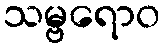
သမ္ဗရောဝ